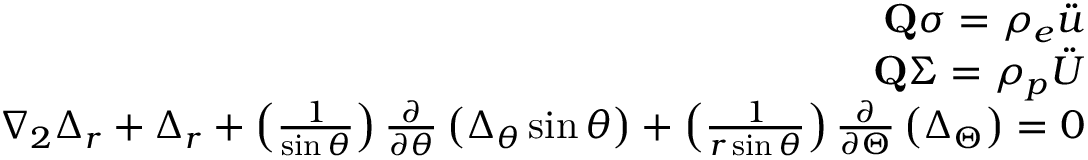
\begin{array} { r } { \mathbf { Q } \boldsymbol { \sigma } = \rho _ { e } \boldsymbol { \Ddot { u } } } \\ { \mathbf { Q } \boldsymbol { \Sigma } = \rho _ { p } \boldsymbol { \Ddot { U } } } \\ { \nabla _ { 2 } \Delta _ { r } + \Delta _ { r } + \left( \frac { 1 } { \sin \theta } \right) \frac { \partial } { \partial \theta } \left( \Delta _ { \theta } \sin \theta \right) + \left( \frac { 1 } { r \sin \theta } \right) \frac { \partial } { \partial \Theta } \left( \Delta _ { \Theta } \right) = 0 } \end{array}